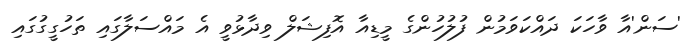
'ސަން'އާ ވާހަކަ ދައްކަވަމުން ފުލުހުންގެ މީޑިއާ އޮފިޝަލް ވިދާޅުވީ އެ މައްސަލާގައި ތަހުގީގުގައި